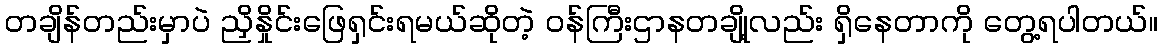
တချိန်တည်းမှာပဲ ညှိနှိုင်းဖြေရှင်းရမယ်ဆိုတဲ့ ဝန်ကြီးဌာနတချို့လည်း ရှိနေတာကို တွေ့ရပါတယ်။